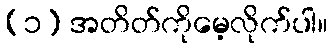
(၁) အတိတ်ကိုမေ့လိုက်ပါ။